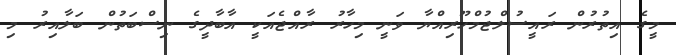
މީގެ އިތުރުން ރައީސުލްޖުމްހޫރިއްޔާ ވަނީ މިހާރު ރާއްޖެއަކީ އާބާދީގެ ނިސްބަތުން ބަލާއިރު މި